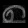
Digit: ၈